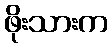
ဖိုးသားက